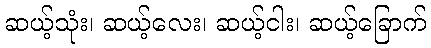
ဆယ့်သုံး၊ ဆယ့်လေး၊ ဆယ့်ငါး၊ ဆယ့်ခြောက်